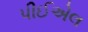
પીઈએલ